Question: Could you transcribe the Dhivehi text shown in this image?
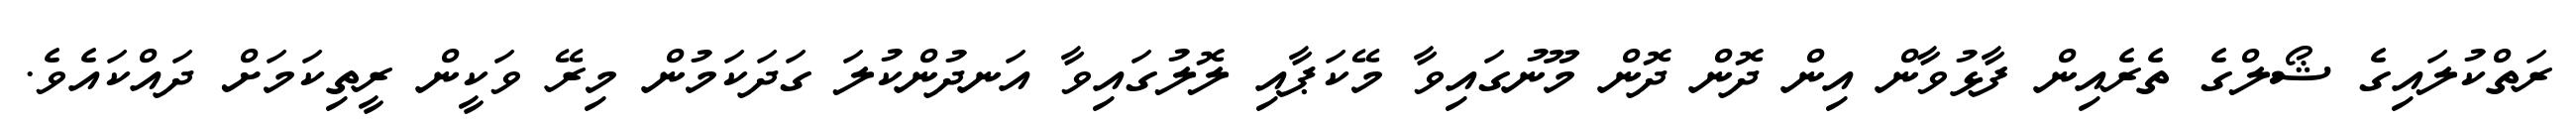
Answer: ރަތްކުލައިގެ ޝޯލްގެ ތެރެއިން ފާޅުވާން އިން ދޮން ދޮން މޫނުގައިވާ މޭކަޕާއި ލޮލުގައިވާ އަނދުންކުލަ ގަދަކަމުން މިރޭ ވަކީން ރީތިކަމަށް ދައްކައެވެ.